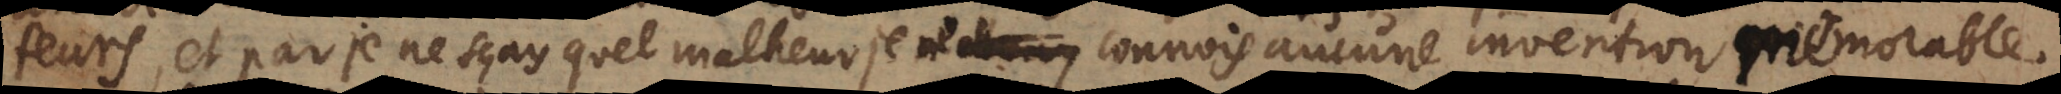
teurs, et par je ne sçay quel malheur, je ne connois aucune invention memorable